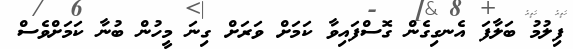
ފިލުމު ބަލާފަ އެނގިގެން ގޮސްފައިވާ ކަމަށް ވަރަށް ގިނަ މީހުން ބުނާ ކަމަށްވެސް